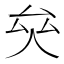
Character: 𠫯